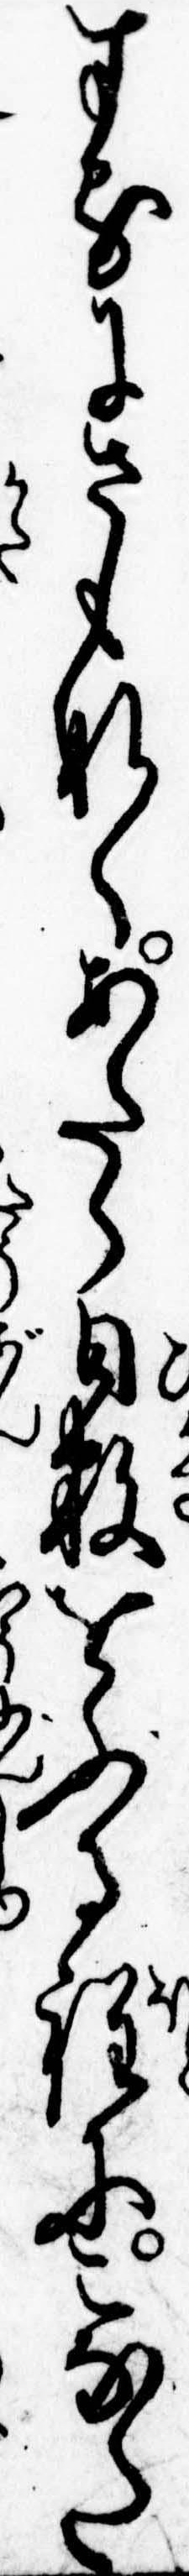
するにさもなくあたら日数をふる程にこなた